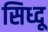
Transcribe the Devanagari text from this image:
सिध्दू